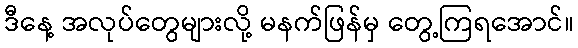
ဒီနေ့ အလုပ်တွေများလို့ မနက်ဖြန်မှ တွေ့ကြရအောင်။